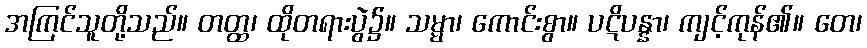
အကြင်သူတို့သည်။ တတ္ထ၊ ထိုတရားပွဲ၌။ သမ္မာ၊ ကောင်းစွာ။ ပဋိပန္နာ၊ ကျင့်ကုန်၏။ တေ၊